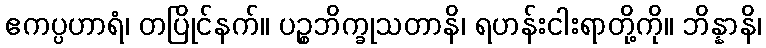
ဧကပ္ပဟာရံ၊ တပြိုင်နက်။ ပဉ္စဘိက္ခုသတာနိ၊ ရဟန်းငါးရာတို့ကို။ ဘိန္နာနိ၊